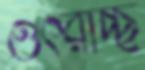
ওৎরাচ্ছ